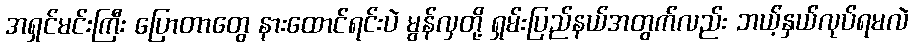
အရှင်မင်းကြီး ပြောတာတွေ နားထောင်ရင်းပဲ မွန်လှတို့ ရှမ်းပြည်နယ်အတွက်လည်း ဘယ့်နှယ်လုပ်ရမလဲ